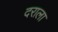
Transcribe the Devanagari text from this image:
दराला